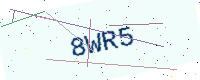
Text: 8WR5